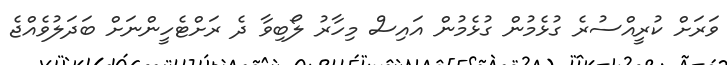
ވަރަށް ކުރީއްސުރެ ގުޅެމުން ގުޅެމުން އައިސް މިހާރު ލޯބިވާ ދެ ރަށްޓެހީންނަށް ބަދަލުވެއްޖެ